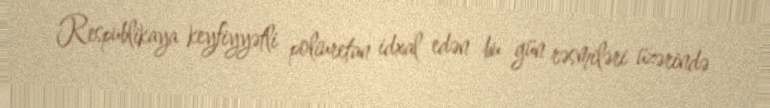
Respublikaya keyfiyyətli poliuretan idxal edən bu gün rəsmiləri üzərində